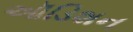
ઑડિશન